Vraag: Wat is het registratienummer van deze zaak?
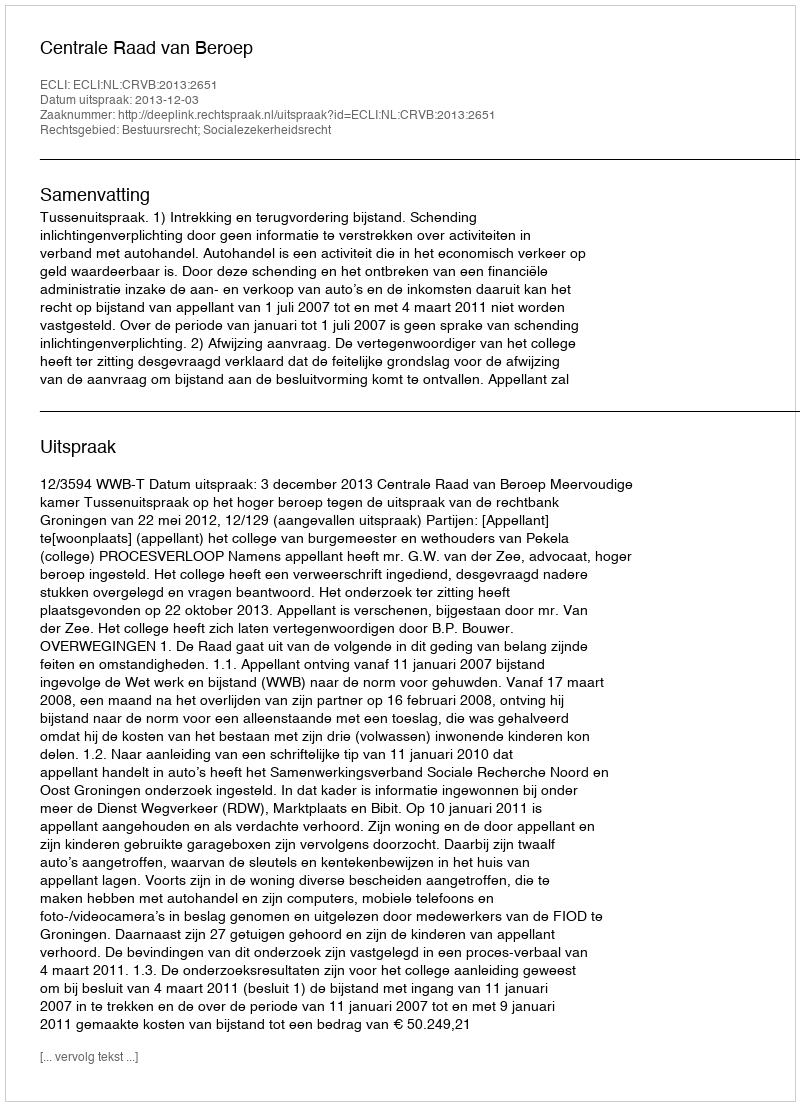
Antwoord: http://deeplink.rechtspraak.nl/uitspraak?id=ECLI:NL:CRVB:2013:2651